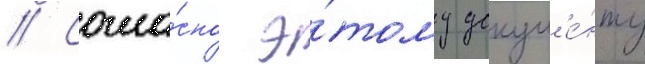
// Согла́сно э́тому докум'е́нту